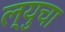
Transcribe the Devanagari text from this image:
ल्युचा